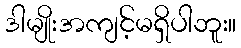
ဒါမျိုးအကျင့်မရှိပါဘူး။